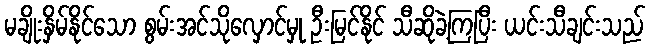
မချိုးနှိမ်နိုင်သော စွမ်းအင်သိုလှောင်မှု ဦးမြင်နိုင် သီဆိုခဲ့ကြပြီး ယင်းသီချင်းသည်